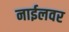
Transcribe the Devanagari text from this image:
नाईलवर